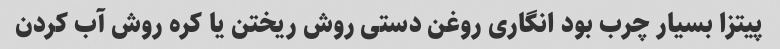
پیتزا بسیار چرب بود انگاری روغن دستی روش ریختن یا کره روش آب کردن